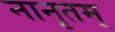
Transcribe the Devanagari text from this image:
नानृतम्